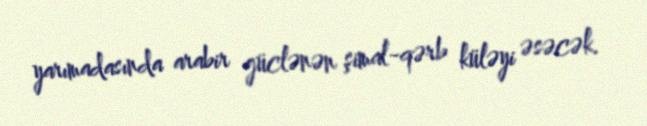
yarımadasında arabir güclənən şimal-qərb küləyi əsəcək.